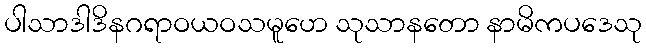
ပါသာဒါဒိနဂရာဝယဝသမူဟေ သုသာနတော နာမိကပဒေသု